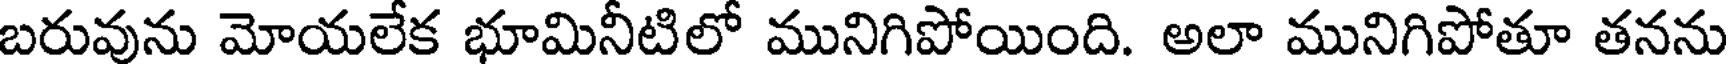
బరువును మోయలేక భూమినీటిలో మునిగిపోయింది. అలా మునిగిపోతూ తనను